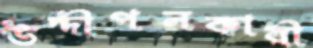
উদ্দীপনকারী